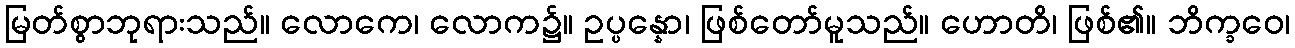
မြတ်စွာဘုရားသည်။ လောကေ၊ လောက၌။ ဥပ္ပန္နော၊ ဖြစ်တော်မူသည်။ ဟောတိ၊ ဖြစ်၏။ ဘိက္ခဝေ၊